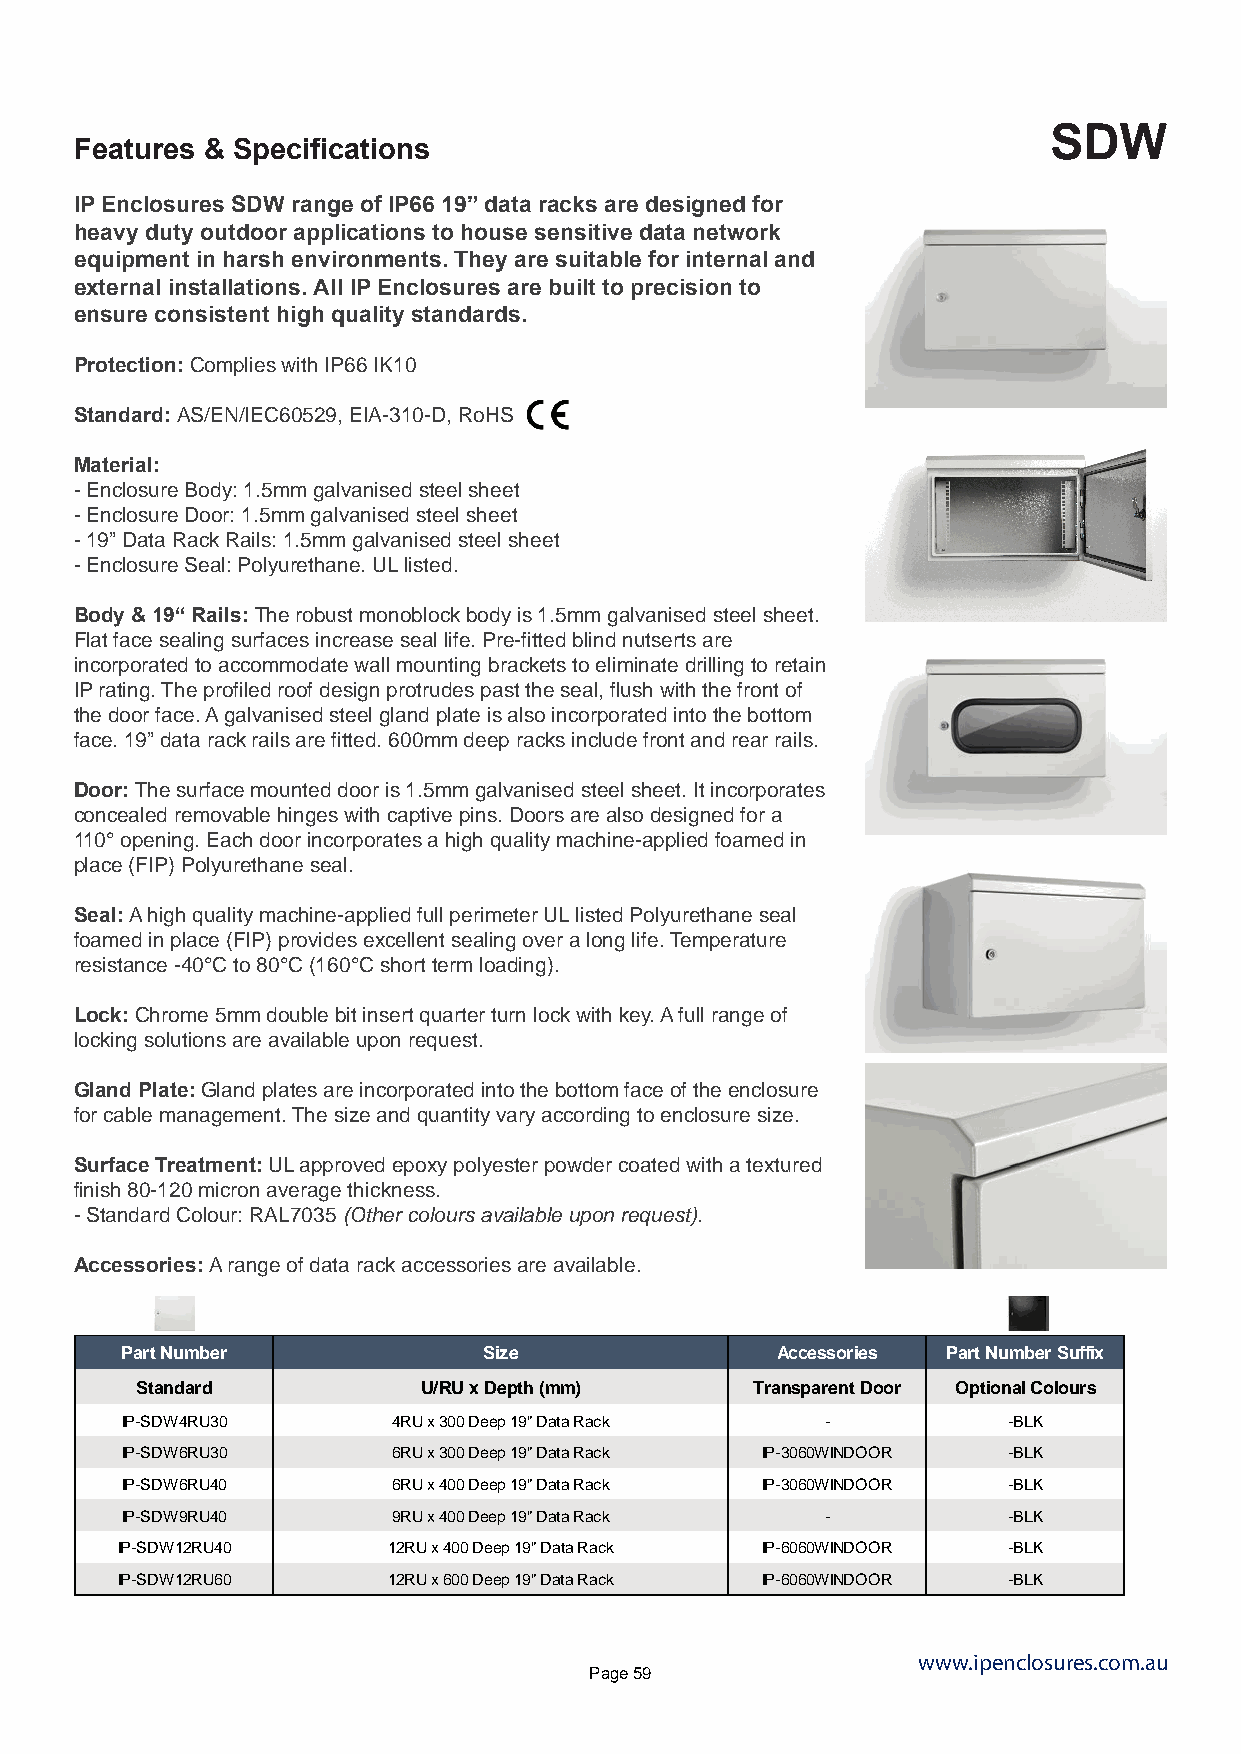
SDW
 Features & Specifications
 IP Enclosures SDW range of IP66 19” data racks are designed for
 heavy duty outdoor applications to house sensitive data network
 equipment in harsh environments. They are suitable for internal and
 external installations. All IP Enclosures are built to precision to
 ensure consistent high quality standards.
 Protection: Complies with IP66 IK10
 Standard: AS/EN/IEC60529, EIA-310-D, RoHS
 Material:
 - Enclosure Body: 1.5mm galvanised steel sheet
 - Enclosure Door: 1.5mm galvanised steel sheet
 - 19” Data Rack Rails: 1.5mm galvanised steel sheet
 - Enclosure Seal: Polyurethane. UL listed.
 Body & 19“ Rails: The robust monoblock body is 1.5mm galvanised steel sheet.
 Flat face sealing surfaces increase seal life. Pre-fitted blind nutserts are
 incorporated to accommodate wall mounting brackets to eliminate drilling to retain
 IP rating. The profiled roof design protrudes past the seal, flush with the front of
 the door face. A galvanised steel gland plate is also incorporated into the bottom
 face. 19” data rack rails are fitted. 600mm deep racks include front and rear rails.
 Door: The surface mounted door is 1.5mm galvanised steel sheet. It incorporates
 concealed removable hinges with captive pins. Doors are also designed for a
 110° opening. Each door incorporates a high quality machine-applied foamed in
 place (FIP) Polyurethane seal.
 Seal: A high quality machine-applied full perimeter UL listed Polyurethane seal
 foamed in place (FIP) provides excellent sealing over a long life. Temperature
 resistance -40°C to 80°C (160°C short term loading).
 Lock: Chrome 5mm double bit insert quarter turn lock with key. A full range of
 locking solutions are available upon request.
 Gland Plate: Gland plates are incorporated into the bottom face of the enclosure
 for cable management. The size and quantity vary according to enclosure size.
 Surface Treatment: UL approved epoxy polyester powder coated with a textured
 finish 80-120 micron average thickness.
 - Standard Colour: RAL7035 (Other colours available upon request).
 Accessories: A range of data rack accessories are available.
 Part Number             Size               Accessories Part Number Suffix
 Standard           U/RU x Depth (mm)     Transparent Door Optional Colours
 IP-SDW4RU30       4RU x 300 Deep 19" Data Rack -           -BLK
 IP-SDW6RU30       6RU x 300 Deep 19" Data Rack IP-3060WINDOOR -BLK
 IP-SDW6RU40       6RU x 400 Deep 19" Data Rack IP-3060WINDOOR -BLK
 IP-SDW9RU40       9RU x 400 Deep 19" Data Rack -           -BLK
 IP-SDW12RU40      12RU x 400 Deep 19" Data Rack IP-6060WINDOOR -BLK
 IP-SDW12RU60      12RU x 600 Deep 19" Data Rack IP-6060WINDOOR -BLK
 www.ipenclosures.com.au
 Page 59